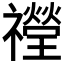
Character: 𱵶